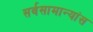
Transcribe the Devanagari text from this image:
सर्वसामान्यांस